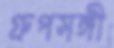
গ্রুপসঙ্গী